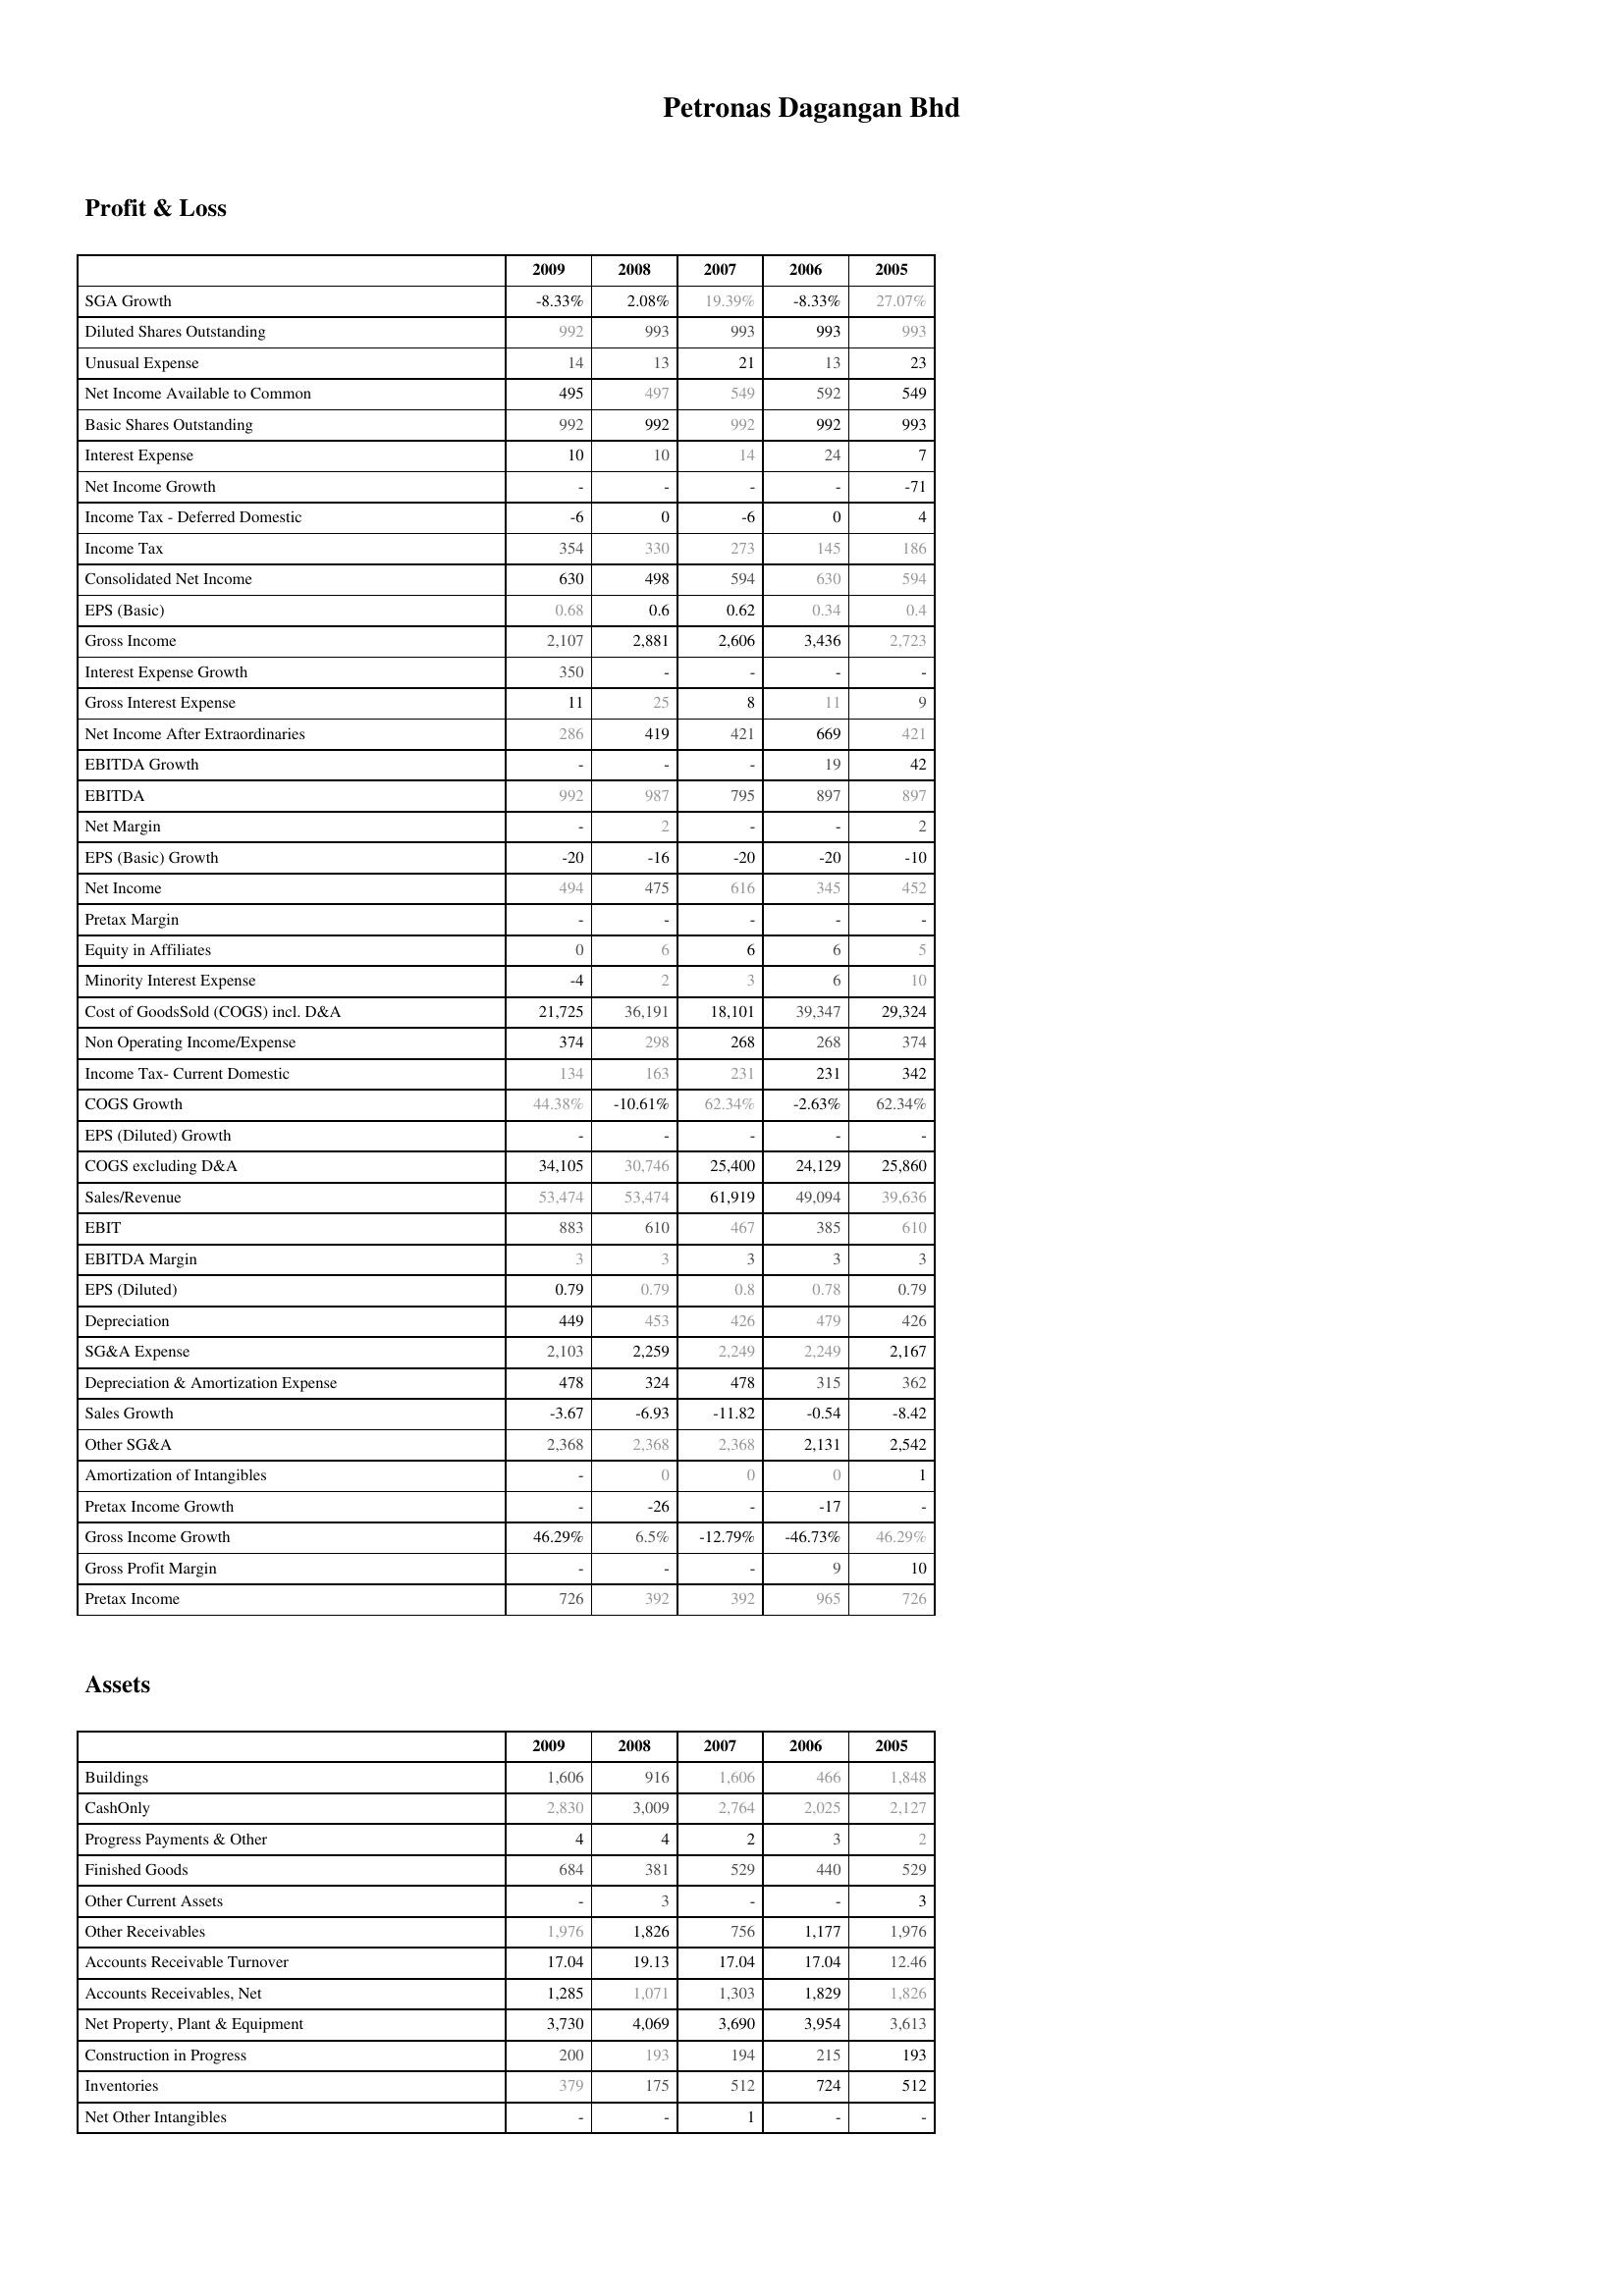
2009: Profit & Loss: SGA Growth: -8.33%
Diluted Shares Outstanding: 992
Unusual Expense: 14
Net Income Available to Common: 495
Basic Shares Outstanding: 992
Interest Expense: 10
Net Income Growth: -
Income Tax - Deferred Domestic: -6
Income Tax: 354
Consolidated Net Income: 630
EPS (Basic): 0.68
Gross Income: 2,107
Interest Expense Growth: 350
Gross Interest Expense: 11
Net Income After Extraordinaries: 286
EBITDA Growth: -
EBITDA: 992
Net Margin: -
EPS (Basic) Growth: -20
Net Income: 494
Pretax Margin: -
Equity in Affiliates: 0
Minority Interest Expense: -4
Cost of GoodsSold (COGS) incl. D&A: 21,725
Non Operating Income/Expense: 374
Income Tax- Current Domestic: 134
COGS Growth: 44.38%
EPS (Diluted) Growth: -
COGS excluding D&A: 34,105
Sales/Revenue: 53,474
EBIT: 883
EBITDA Margin: 3
EPS (Diluted): 0.79
Depreciation: 449
SG&A Expense: 2,103
Depreciation & Amortization Expense: 478
Sales Growth: -3.67
Other SG&A: 2,368
Amortization of Intangibles: -
Pretax Income Growth: -
Gross Income Growth: 46.29%
Gross Profit Margin: -
Pretax Income: 726
Assets: Buildings: 1,606
CashOnly: 2,830
Progress Payments & Other: 4
Finished Goods: 684
Other Current Assets: -
Other Receivables: 1,976
Accounts Receivable Turnover: 17.04
Accounts Receivables, Net: 1,285
Net Property, Plant & Equipment: 3,730
Construction in Progress: 200
Inventories: 379
Net Other Intangibles: -
2008: Profit & Loss: SGA Growth: 2.08%
Diluted Shares Outstanding: 993
Unusual Expense: 13
Net Income Available to Common: 497
Basic Shares Outstanding: 992
Interest Expense: 10
Net Income Growth: -
Income Tax - Deferred Domestic: 0
Income Tax: 330
Consolidated Net Income: 498
EPS (Basic): 0.6
Gross Income: 2,881
Interest Expense Growth: -
Gross Interest Expense: 25
Net Income After Extraordinaries: 419
EBITDA Growth: -
EBITDA: 987
Net Margin: 2
EPS (Basic) Growth: -16
Net Income: 475
Pretax Margin: -
Equity in Affiliates: 6
Minority Interest Expense: 2
Cost of GoodsSold (COGS) incl. D&A: 36,191
Non Operating Income/Expense: 298
Income Tax- Current Domestic: 163
COGS Growth: -10.61%
EPS (Diluted) Growth: -
COGS excluding D&A: 30,746
Sales/Revenue: 53,474
EBIT: 610
EBITDA Margin: 3
EPS (Diluted): 0.79
Depreciation: 453
SG&A Expense: 2,259
Depreciation & Amortization Expense: 324
Sales Growth: -6.93
Other SG&A: 2,368
Amortization of Intangibles: 0
Pretax Income Growth: -26
Gross Income Growth: 6.5%
Gross Profit Margin: -
Pretax Income: 392
Assets: Buildings: 916
CashOnly: 3,009
Progress Payments & Other: 4
Finished Goods: 381
Other Current Assets: 3
Other Receivables: 1,826
Accounts Receivable Turnover: 19.13
Accounts Receivables, Net: 1,071
Net Property, Plant & Equipment: 4,069
Construction in Progress: 193
Inventories: 175
Net Other Intangibles: -
2007: Profit & Loss: SGA Growth: 19.39%
Diluted Shares Outstanding: 993
Unusual Expense: 21
Net Income Available to Common: 549
Basic Shares Outstanding: 992
Interest Expense: 14
Net Income Growth: -
Income Tax - Deferred Domestic: -6
Income Tax: 273
Consolidated Net Income: 594
EPS (Basic): 0.62
Gross Income: 2,606
Interest Expense Growth: -
Gross Interest Expense: 8
Net Income After Extraordinaries: 421
EBITDA Growth: -
EBITDA: 795
Net Margin: -
EPS (Basic) Growth: -20
Net Income: 616
Pretax Margin: -
Equity in Affiliates: 6
Minority Interest Expense: 3
Cost of GoodsSold (COGS) incl. D&A: 18,101
Non Operating Income/Expense: 268
Income Tax- Current Domestic: 231
COGS Growth: 62.34%
EPS (Diluted) Growth: -
COGS excluding D&A: 25,400
Sales/Revenue: 61,919
EBIT: 467
EBITDA Margin: 3
EPS (Diluted): 0.8
Depreciation: 426
SG&A Expense: 2,249
Depreciation & Amortization Expense: 478
Sales Growth: -11.82
Other SG&A: 2,368
Amortization of Intangibles: 0
Pretax Income Growth: -
Gross Income Growth: -12.79%
Gross Profit Margin: -
Pretax Income: 392
Assets: Buildings: 1,606
CashOnly: 2,764
Progress Payments & Other: 2
Finished Goods: 529
Other Current Assets: -
Other Receivables: 756
Accounts Receivable Turnover: 17.04
Accounts Receivables, Net: 1,303
Net Property, Plant & Equipment: 3,690
Construction in Progress: 194
Inventories: 512
Net Other Intangibles: 1
2006: Profit & Loss: SGA Growth: -8.33%
Diluted Shares Outstanding: 993
Unusual Expense: 13
Net Income Available to Common: 592
Basic Shares Outstanding: 992
Interest Expense: 24
Net Income Growth: -
Income Tax - Deferred Domestic: 0
Income Tax: 145
Consolidated Net Income: 630
EPS (Basic): 0.34
Gross Income: 3,436
Interest Expense Growth: -
Gross Interest Expense: 11
Net Income After Extraordinaries: 669
EBITDA Growth: 19
EBITDA: 897
Net Margin: -
EPS (Basic) Growth: -20
Net Income: 345
Pretax Margin: -
Equity in Affiliates: 6
Minority Interest Expense: 6
Cost of GoodsSold (COGS) incl. D&A: 39,347
Non Operating Income/Expense: 268
Income Tax- Current Domestic: 231
COGS Growth: -2.63%
EPS (Diluted) Growth: -
COGS excluding D&A: 24,129
Sales/Revenue: 49,094
EBIT: 385
EBITDA Margin: 3
EPS (Diluted): 0.78
Depreciation: 479
SG&A Expense: 2,249
Depreciation & Amortization Expense: 315
Sales Growth: -0.54
Other SG&A: 2,131
Amortization of Intangibles: 0
Pretax Income Growth: -17
Gross Income Growth: -46.73%
Gross Profit Margin: 9
Pretax Income: 965
Assets: Buildings: 466
CashOnly: 2,025
Progress Payments & Other: 3
Finished Goods: 440
Other Current Assets: -
Other Receivables: 1,177
Accounts Receivable Turnover: 17.04
Accounts Receivables, Net: 1,829
Net Property, Plant & Equipment: 3,954
Construction in Progress: 215
Inventories: 724
Net Other Intangibles: -
2005: Profit & Loss: SGA Growth: 27.07%
Diluted Shares Outstanding: 993
Unusual Expense: 23
Net Income Available to Common: 549
Basic Shares Outstanding: 993
Interest Expense: 7
Net Income Growth: -71
Income Tax - Deferred Domestic: 4
Income Tax: 186
Consolidated Net Income: 594
EPS (Basic): 0.4
Gross Income: 2,723
Interest Expense Growth: -
Gross Interest Expense: 9
Net Income After Extraordinaries: 421
EBITDA Growth: 42
EBITDA: 897
Net Margin: 2
EPS (Basic) Growth: -10
Net Income: 452
Pretax Margin: -
Equity in Affiliates: 5
Minority Interest Expense: 10
Cost of GoodsSold (COGS) incl. D&A: 29,324
Non Operating Income/Expense: 374
Income Tax- Current Domestic: 342
COGS Growth: 62.34%
EPS (Diluted) Growth: -
COGS excluding D&A: 25,860
Sales/Revenue: 39,636
EBIT: 610
EBITDA Margin: 3
EPS (Diluted): 0.79
Depreciation: 426
SG&A Expense: 2,167
Depreciation & Amortization Expense: 362
Sales Growth: -8.42
Other SG&A: 2,542
Amortization of Intangibles: 1
Pretax Income Growth: -
Gross Income Growth: 46.29%
Gross Profit Margin: 10
Pretax Income: 726
Assets: Buildings: 1,848
CashOnly: 2,127
Progress Payments & Other: 2
Finished Goods: 529
Other Current Assets: 3
Other Receivables: 1,976
Accounts Receivable Turnover: 12.46
Accounts Receivables, Net: 1,826
Net Property, Plant & Equipment: 3,613
Construction in Progress: 193
Inventories: 512
Net Other Intangibles: -